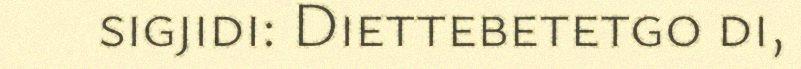
sigjidi: Diettebetetgo di,